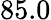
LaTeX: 85.0